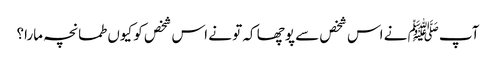
آپﷺ نے اس شخص سے پوچھا کہ تو نے اس شخص کو کیوں طمانچہ مارا؟